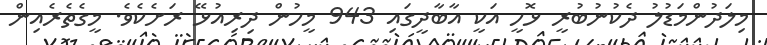
މިލަދުންމަޑުލު ދެކުނުބުރީ ޅޮހީ އަކީ އާބާދީގައި 943 މީހުން ދިރިއުޅޭ ރަށެކެވެ. މީގެތެރެއިން